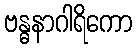
ဗန္ဓနာဂါရိကော